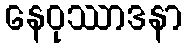
နေဝုဿာဒနာ